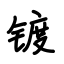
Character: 镀